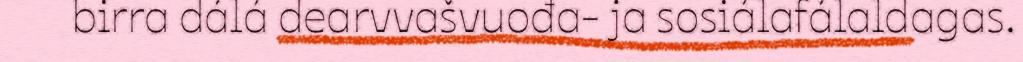
birra dálá dearvvašvuođa- ja sosiálafálaldagas.